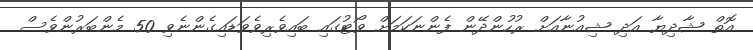
އޮތް ޝާދިޔާ އަދި ޝިއުނާއަށް ރުހުންދޭން ފެންނަކަމަށް ވޯޓުގައި ބައިވެރިވެވަޑައިގެންނެވި 50 މެންބަރުންވެސް